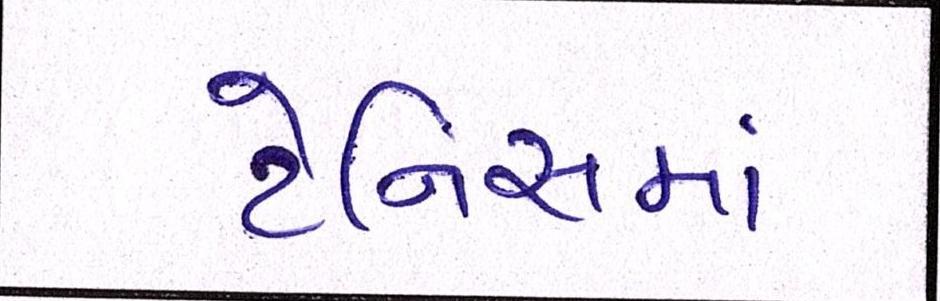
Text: ટેનિસમાં